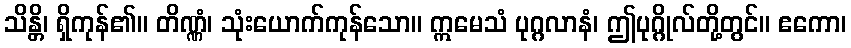
သိန္တိ၊ ရှိကုန်၏။ တိဏ္ဏံ၊ သုံးယောက်ကုန်သော။ ဣမေသံ ပုဂ္ဂလာနံ၊ ဤပုဂ္ဂိုလ်တို့တွင်။ ဧကော၊